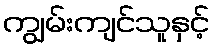
ကျွမ်းကျင်သူနှင့်